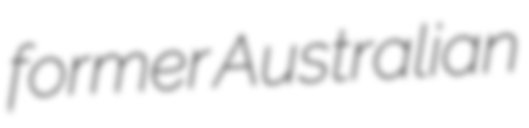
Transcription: former Australian